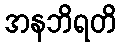
အနဘိရတိ